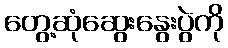
တွေ့ဆုံဆွေးနွေးပွဲကို